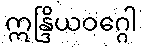
ဣန္ဒြိယဝဂ္ဂေါ